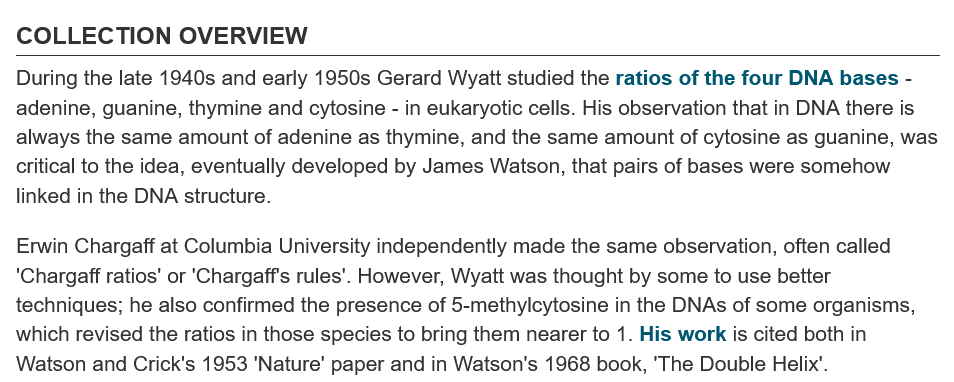
COLLECTION    OVERVIEW
  During the late 1940s and early 1950s Gerard Wyatt studied the ratios of the four DNA bases -
  adenine, guanine, thymine and cytosine - in eukaryotic cells. His observation that in DNA there is
  always the same amount of adenine as thymine, and the same amount of cytosine as guanine, was
  critical to the idea, eventually developed by James Watson, that pairs of bases were somehow
  linked in the DNA structure.
  Erwin Chargaff at Columbia University independently made the same observation, often called
  ‘Chargaff ratios’ or 'Chargaff's rules". However, Wyatt was thought by some to use better
  techniques; he also confirmed the presence of 5-methylcytosine in the DNAs of some organisms,
  which revised the ratios in those species to bring them nearer to 1. His work is cited both in
  Watson and Crick's 1953 ‘Nature’ paper and in Watson's 1968 book, ‘The Double Helix’.